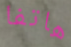
هاتفا